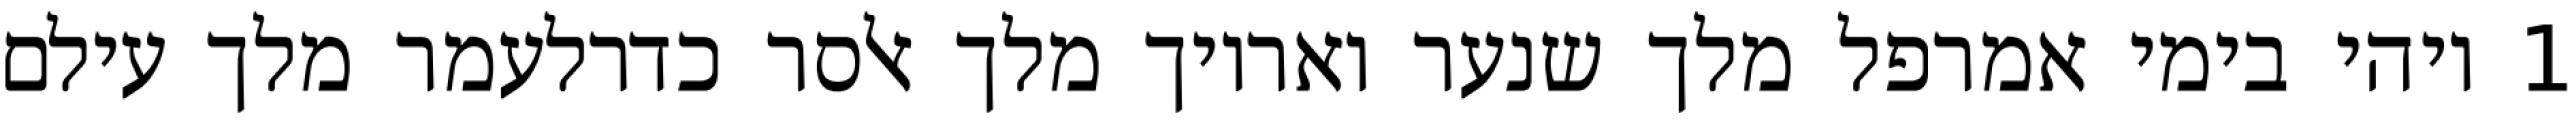
1 ויהי בימי אמרפל מלך שנער ואריוך מלך אלסר כדרלעמר מלך עילם